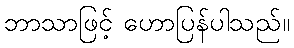
ဘာသာဖြင့် ဟောပြန်ပါသည်။